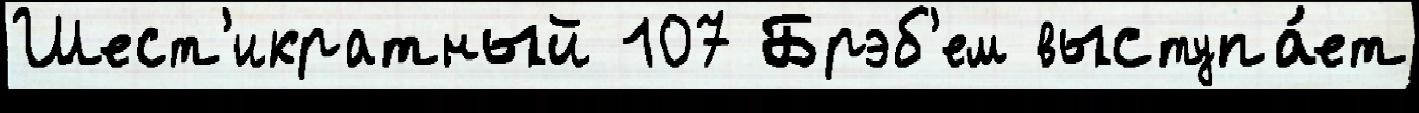
Шест'икратный 107 Брэб'ем выступа́ет